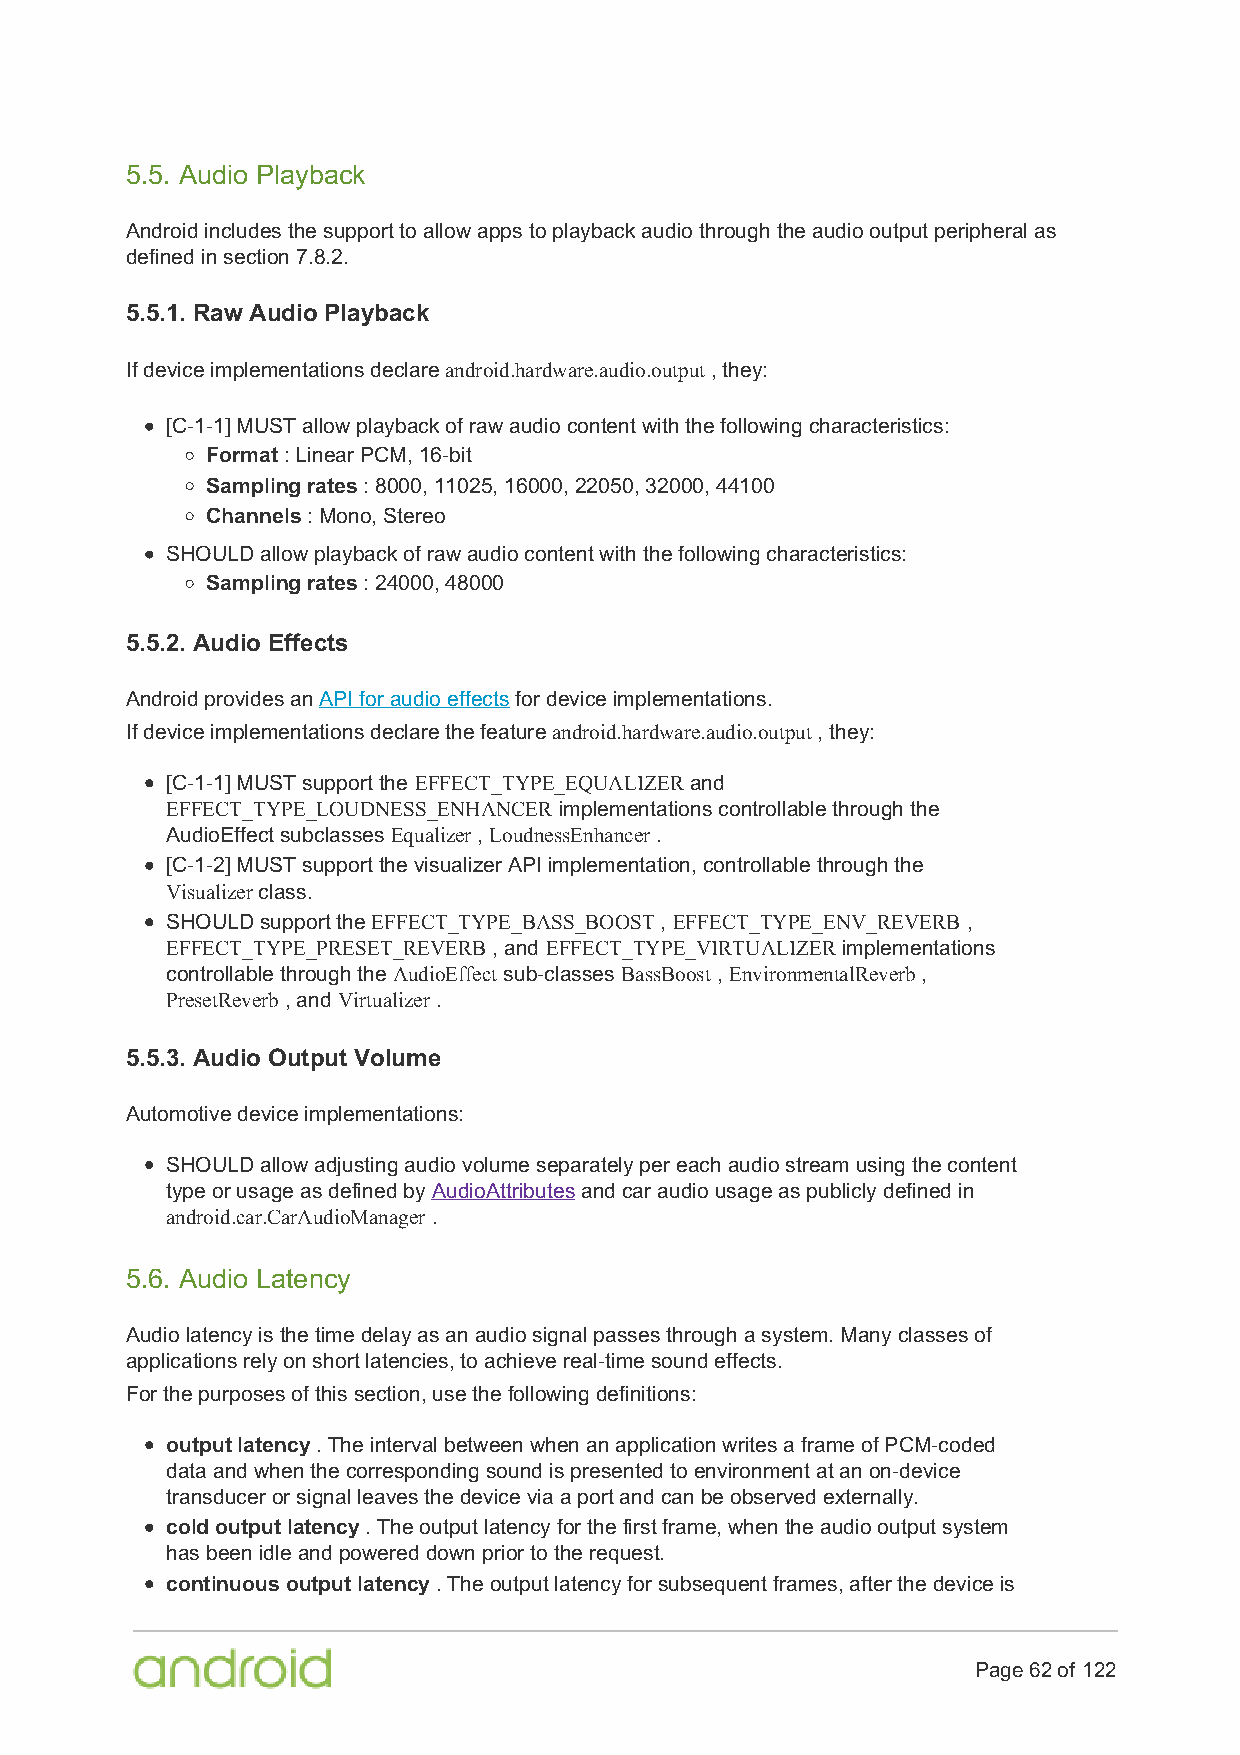
5.5. Audio Playback
 Android includes the support to allow apps to playback audio through the audio output peripheral as
 defined in section 7.8.2.
 5.5.1. Raw Audio Playback
 If device implementations declare android.hardware.audio.output , they:
 [C-1-1] MUST allow playback of raw audio content with the following characteristics:
 Format : Linear PCM, 16-bit
 Sampling rates : 8000, 11025, 16000, 22050, 32000, 44100
 Channels : Mono, Stereo
 SHOULD allow playback of raw audio content with the following characteristics:
 Sampling rates : 24000, 48000
 5.5.2. Audio Effects
 Android provides an API for audio effects for device implementations.
 If device implementations declare the feature android.hardware.audio.output , they:
 [C-1-1] MUST support the EFFECT_TYPE_EQUALIZER and
 EFFECT_TYPE_LOUDNESS_ENHANCER implementations controllable through the
 AudioEffect subclasses Equalizer , LoudnessEnhancer .
 [C-1-2] MUST support the visualizer API implementation, controllable through the
 Visualizer class.
 SHOULD support the EFFECT_TYPE_BASS_BOOST , EFFECT_TYPE_ENV_REVERB ,
 EFFECT_TYPE_PRESET_REVERB , and EFFECT_TYPE_VIRTUALIZER implementations
 controllable through the AudioEffect sub-classes BassBoost , EnvironmentalReverb ,
 PresetReverb , and Virtualizer .
 5.5.3. Audio Output Volume
 Automotive device implementations:
 SHOULD allow adjusting audio volume separately per each audio stream using the content
 type or usage as defined by AudioAttributes and car audio usage as publicly defined in
 android.car.CarAudioManager .
 5.6. Audio Latency
 Audio latency is the time delay as an audio signal passes through a system. Many classes of
 applications rely on short latencies, to achieve real-time sound effects.
 For the purposes of this section, use the following definitions:
 output latency . The interval between when an application writes a frame of PCM-coded
 data and when the corresponding sound is presented to environment at an on-device
 transducer or signal leaves the device via a port and can be observed externally.
 cold output latency . The output latency for the first frame, when the audio output system
 has been idle and powered down prior to the request.
 continuous output latency . The output latency for subsequent frames, after the device is
 Page 62 of 122